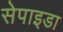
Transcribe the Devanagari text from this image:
सेपाइडा